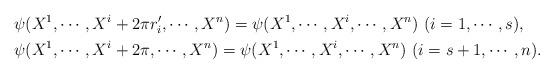
LaTeX: \begin{align*}&\psi (X^1,\cdots, X^i+2\pi r_i',\cdots, X^n)=\psi (X^1,\cdots, X^i,\cdots, X^n) \ (i=1,\cdots, s), \\&\psi (X^1,\cdots, X^i+2\pi ,\cdots, X^n)=\psi (X^1,\cdots, X^i,\cdots, X^n) \ (i=s+1,\cdots, n).\end{align*}